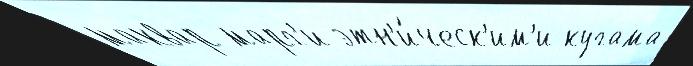
маквар марг'и этн'и́ческ'им'и кугама